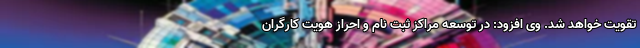
تقویت خواهد شد. وی افزود: در توسعه مراکز ثبت نام و احراز هویت کارگران